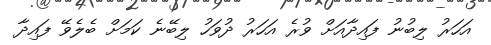
އަހަރު ލިބުނު ފައިދާއަށް ވުރެ އަހަރު ދުވަހު ލިބޭނެ ކަމަށް ބެލެވޭ ފައިދާ